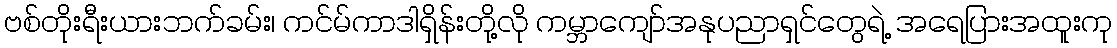
ဗစ်တိုးရီးယားဘက်ခမ်း၊ ကင်မ်ကာဒါရှိန်းတို့လို ကမ္ဘာကျော်အနုပညာရှင်တွေရဲ့ အရေပြားအထူးကု